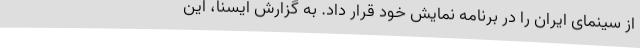
از سینمای ایران را در برنامه نمایش خود قرار داد. به گزارش ایسنا، این